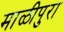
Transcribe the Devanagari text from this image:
माळीपुरा